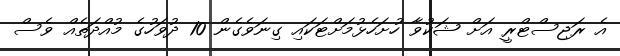
އެ ރަޖިސްޓްރީ އަށް ޝަކުވާ ހުށަހެޅުމަށްޓަކައި ގިނަވެގެން 10 ދުވަހުގެ މުއްދަތެއް ވެސް